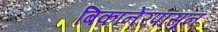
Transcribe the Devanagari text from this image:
बिकानेरपासून